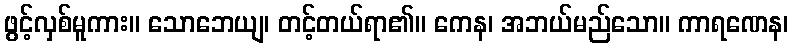
ဖွင့်လှစ်မူကား။ သောဘေယျ၊ တင့်တယ်ရာ၏။ ကေန၊ အဘယ်မည်သော။ ကာရဏေန၊